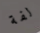
لفة